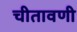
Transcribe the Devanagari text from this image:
चीतावणी